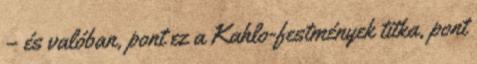
– és valóban, pont ez a Kahlo-festmények titka, pont